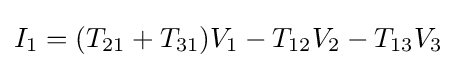
I_{1}=(T_{21}+T_{31})V_{1}-T_{12}V_{2}-T_{13}V_{3}